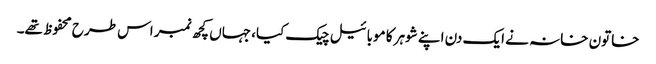
خاتون خانہ نے ایک دن اپنے شوہر کا موبائیل چیک کیا، جہاں کچھ نمبر اس طرح محفوظ تھے۔